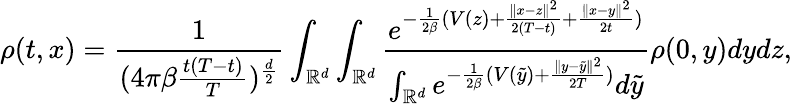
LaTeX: \rho(t,x)=\frac{1}{{(4\pi\beta\frac{t(T-t)}{T}})^{\frac{d}{2}}}\int_{\mathbb{R}^{d}}\int_{\mathbb{R}^{d}}\frac{e^{-\frac{1}{2\beta}(V(z)+\frac{\| x-z\| ^{2}}{2(T-t)}+\frac{\| x-y\| ^{2}}{2t})}}{\int_{\mathbb{R}^{d}}e^{-\frac{1}{2\beta}(V(\tilde{y})+\frac{\| y-\tilde{y}\| ^{2}}{2T})}d\tilde{y}}\rho(0,y)dydz,